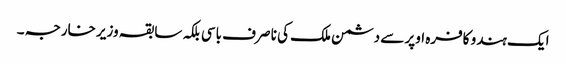
ایک ہندو کافرہ اوپر سے دشمن ملک کی نا صرف باسی بلکہ سابقہ وزیر خارجہ ۔